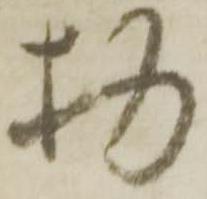
物